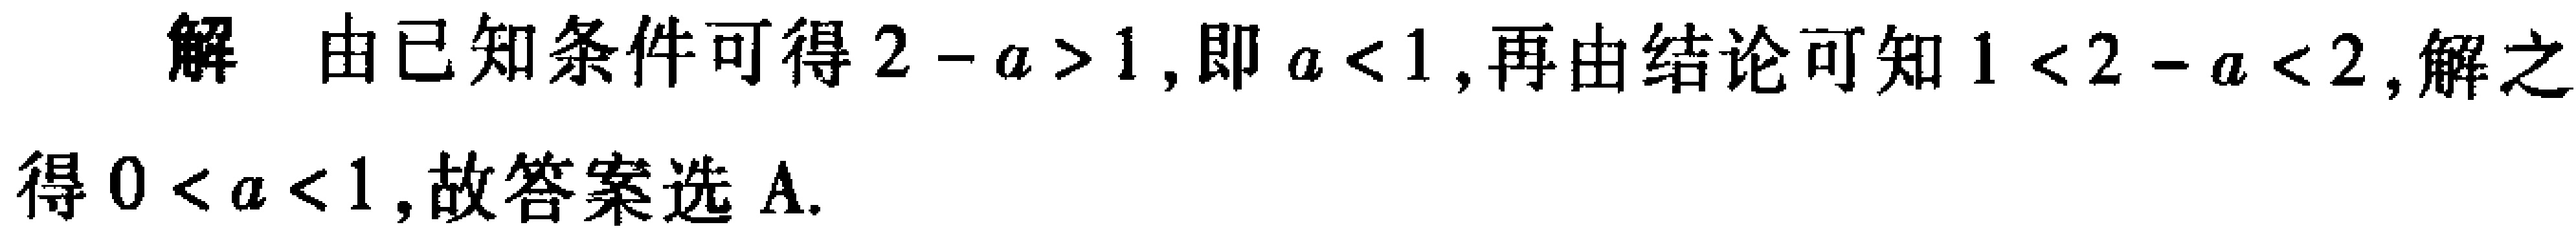
解 由已知条件可得\(2 - a > 1\)，即\(a < 1\)，再由结论可知\(1 < 2 - a < 2\)，解之得\(0 < a < 1\)，故答案选A.